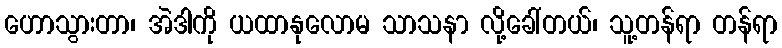
ဟောသွားတာ၊ အဲဒါကို ယထာနုလောမ သာသနာ လို့ခေါ်တယ်၊ သူ့တန်ရာ တန်ရာ